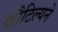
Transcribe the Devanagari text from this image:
कौटिल्‍यने